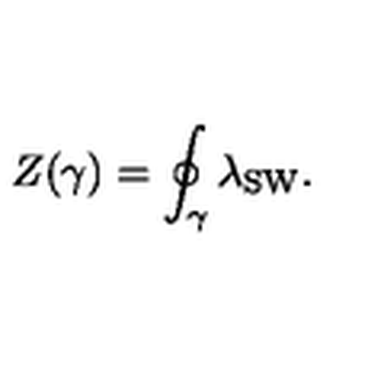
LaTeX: Z ( \gamma ) = \oint _ { \gamma } \lambda _ { \mathrm { S W } } .